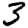
Digit: 3